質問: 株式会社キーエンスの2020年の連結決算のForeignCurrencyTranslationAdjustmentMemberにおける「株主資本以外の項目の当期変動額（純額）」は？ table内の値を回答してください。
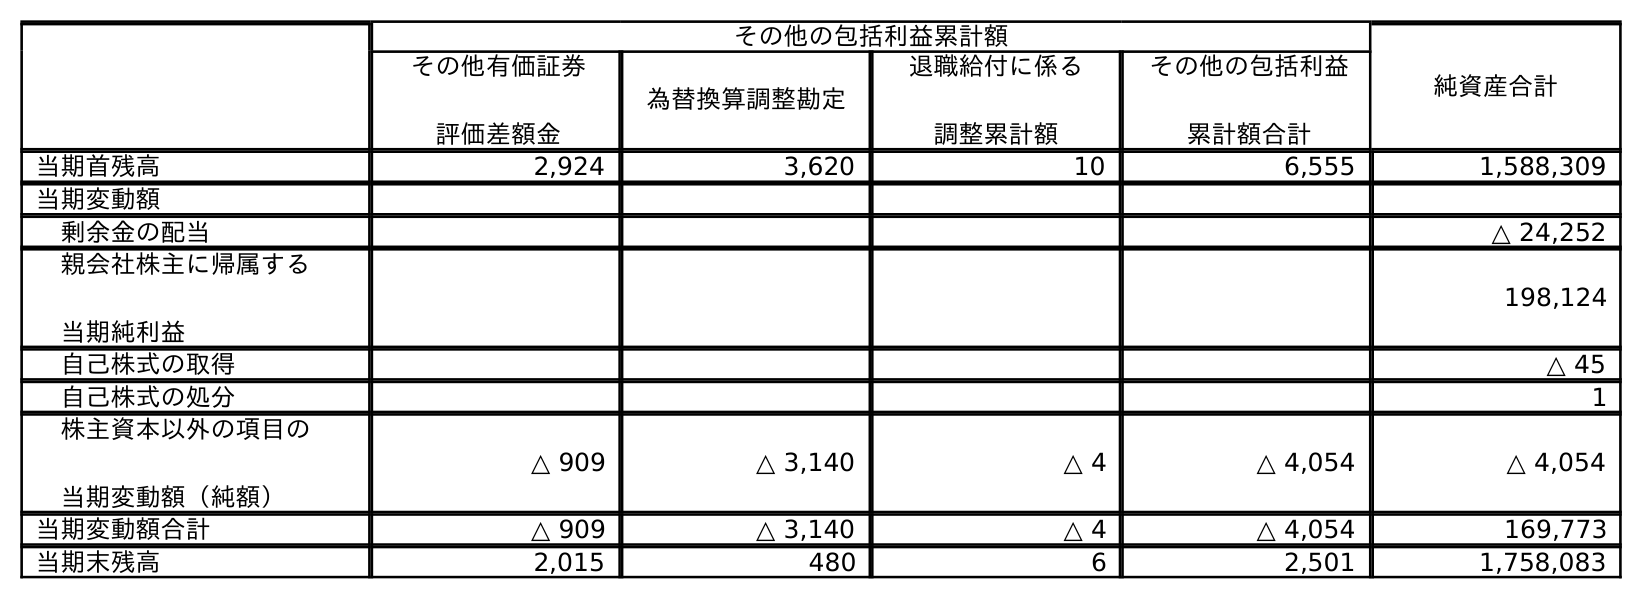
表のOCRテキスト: その他の包括利益累計額 純資産合計 その他有価証券 評価差額金 為替換算調整勘定 退職給付に係る 調整累計額 その他の包括利益 累計額合計 当期首残高 2,924 3,620 10 6,555 1,588,309 当期変動額 剰余金の配当 △ 24,252 親会社株主に帰属する 当期純利益 198,124 自己株式の取得 △ 45 自己株式の処分 1 株主資本以外の項目の 当期変動額（純額） △ 909 △ 3,140 △ 4 △ 4,054 △ 4,054 当期変動額合計 △ 909 △ 3,140 △ 4 △ 4,054 169,773 当期末残高 2,015 480 6 2,501 1,758,083
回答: △3,140